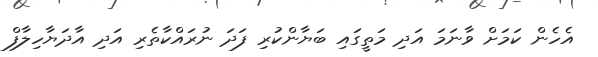
އެހެން ކަމަށް ވާނަމަ އަދި މަތީގައި ބަޔާންކުރި ފަދަ ނުރައްކާތެރި އަދި އާދަޔާހިލާފް